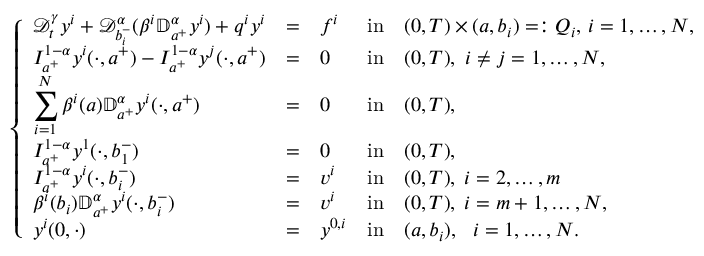
\left\{ \begin{array} { l l l l l l l l l l l l l l l l l } { \displaystyle { \mathcal D } _ { t } ^ { \gamma } y ^ { i } + \mathcal { D } _ { b _ { i } ^ { - } } ^ { \alpha } ( \beta ^ { i } \mathbb { D } _ { a ^ { + } } ^ { \alpha } y ^ { i } ) + q ^ { i } y ^ { i } } & { = } & { f ^ { i } } & { \mathrm { i n } } & { { ( 0 , T ) \times ( a , b _ { i } ) } = : Q _ { i } , \, i = 1 , \dots , N , } \\ { \displaystyle I _ { a ^ { + } } ^ { 1 - \alpha } y ^ { i } ( \cdot , a ^ { + } ) - I _ { a ^ { + } } ^ { 1 - \alpha } y ^ { j } ( \cdot , a ^ { + } ) } & { = } & { 0 } & { \mathrm { i n } } & { ( 0 , T ) , ~ i \neq j = 1 , \dots , N , } \\ { \displaystyle \sum _ { i = 1 } ^ { N } \beta ^ { i } ( a ) \mathbb { D } _ { a ^ { + } } ^ { \alpha } y ^ { i } ( \cdot , a ^ { + } ) } & { = } & { 0 } & { \mathrm { i n } } & { ( 0 , T ) , } \\ { \displaystyle I _ { a ^ { + } } ^ { 1 - \alpha } y ^ { 1 } ( \cdot , b _ { 1 } ^ { - } ) } & { = } & { 0 } & { \mathrm { i n } } & { ( 0 , T ) , } \\ { \displaystyle I _ { a ^ { + } } ^ { 1 - \alpha } y ^ { i } ( \cdot , b _ { i } ^ { - } ) } & { = } & { v ^ { i } } & { \mathrm { i n } } & { ( 0 , T ) , \; i = 2 , \dots , m } \\ { \displaystyle \beta ^ { i } ( b _ { i } ) \mathbb { D } _ { a ^ { + } } ^ { \alpha } y ^ { i } ( \cdot , b _ { i } ^ { - } ) } & { = } & { v ^ { i } } & { \mathrm { i n } } & { ( 0 , T ) , \; i = m + 1 , \dots , N , } \\ { \displaystyle y ^ { i } ( 0 , \cdot ) } & { = } & { y ^ { 0 , i } } & { \mathrm { i n } } & { ( a , b _ { i } ) , ~ ~ i = 1 , \dots , N . } \end{array} \right.